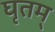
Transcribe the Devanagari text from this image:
घृतम्